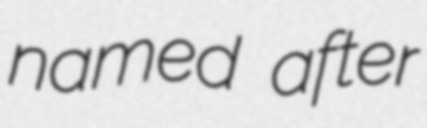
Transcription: named after